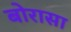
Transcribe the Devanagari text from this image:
बोरासा